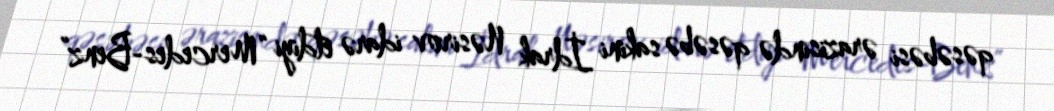
qəsəbəsi ərazisində qəsəbə sakini İdrak Nəsirov idarə etdiyi “Mercedes-Benz”